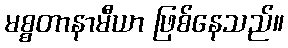
မစ္စတာနာမီယာ ဖြစ်နေသည်။